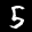
Label: 5